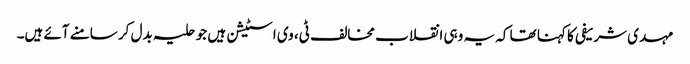
مہدی شریفی کا کہنا تھا کہ یہ وہی انقلاب مخالف ٹی، وی اسٹیشن ہیں جو حلیہ بدل کر سامنے آئے ہیں۔